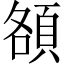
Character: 頟